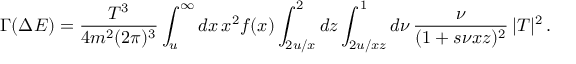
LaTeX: \Gamma ( \Delta E ) = \frac { T ^ { 3 } } { 4 m ^ { 2 } ( 2 \pi ) ^ { 3 } } \int _ { u } ^ { \infty } d x \, x ^ { 2 } f ( x ) \int _ { 2 u / x } ^ { 2 } d z \int _ { 2 u / x z } ^ { 1 } d \nu \, \frac { \nu } { ( 1 + s \nu x z ) ^ { 2 } } \, | T | ^ { 2 } \, .